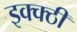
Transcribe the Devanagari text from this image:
इक्क्ठी